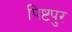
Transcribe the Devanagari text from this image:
पिष्टपुर